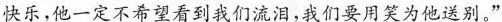
快乐，她一定不希望看到我们流泪，我们要用笑为他送别。“